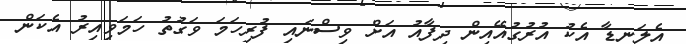
އެލަނޑާ އެކު އުރުގުއޭއިން ދިފާއު އަށް ވިސްނައި ފުރިހަމަ ވަގުތު ހަމަވިއިރު އެކަން